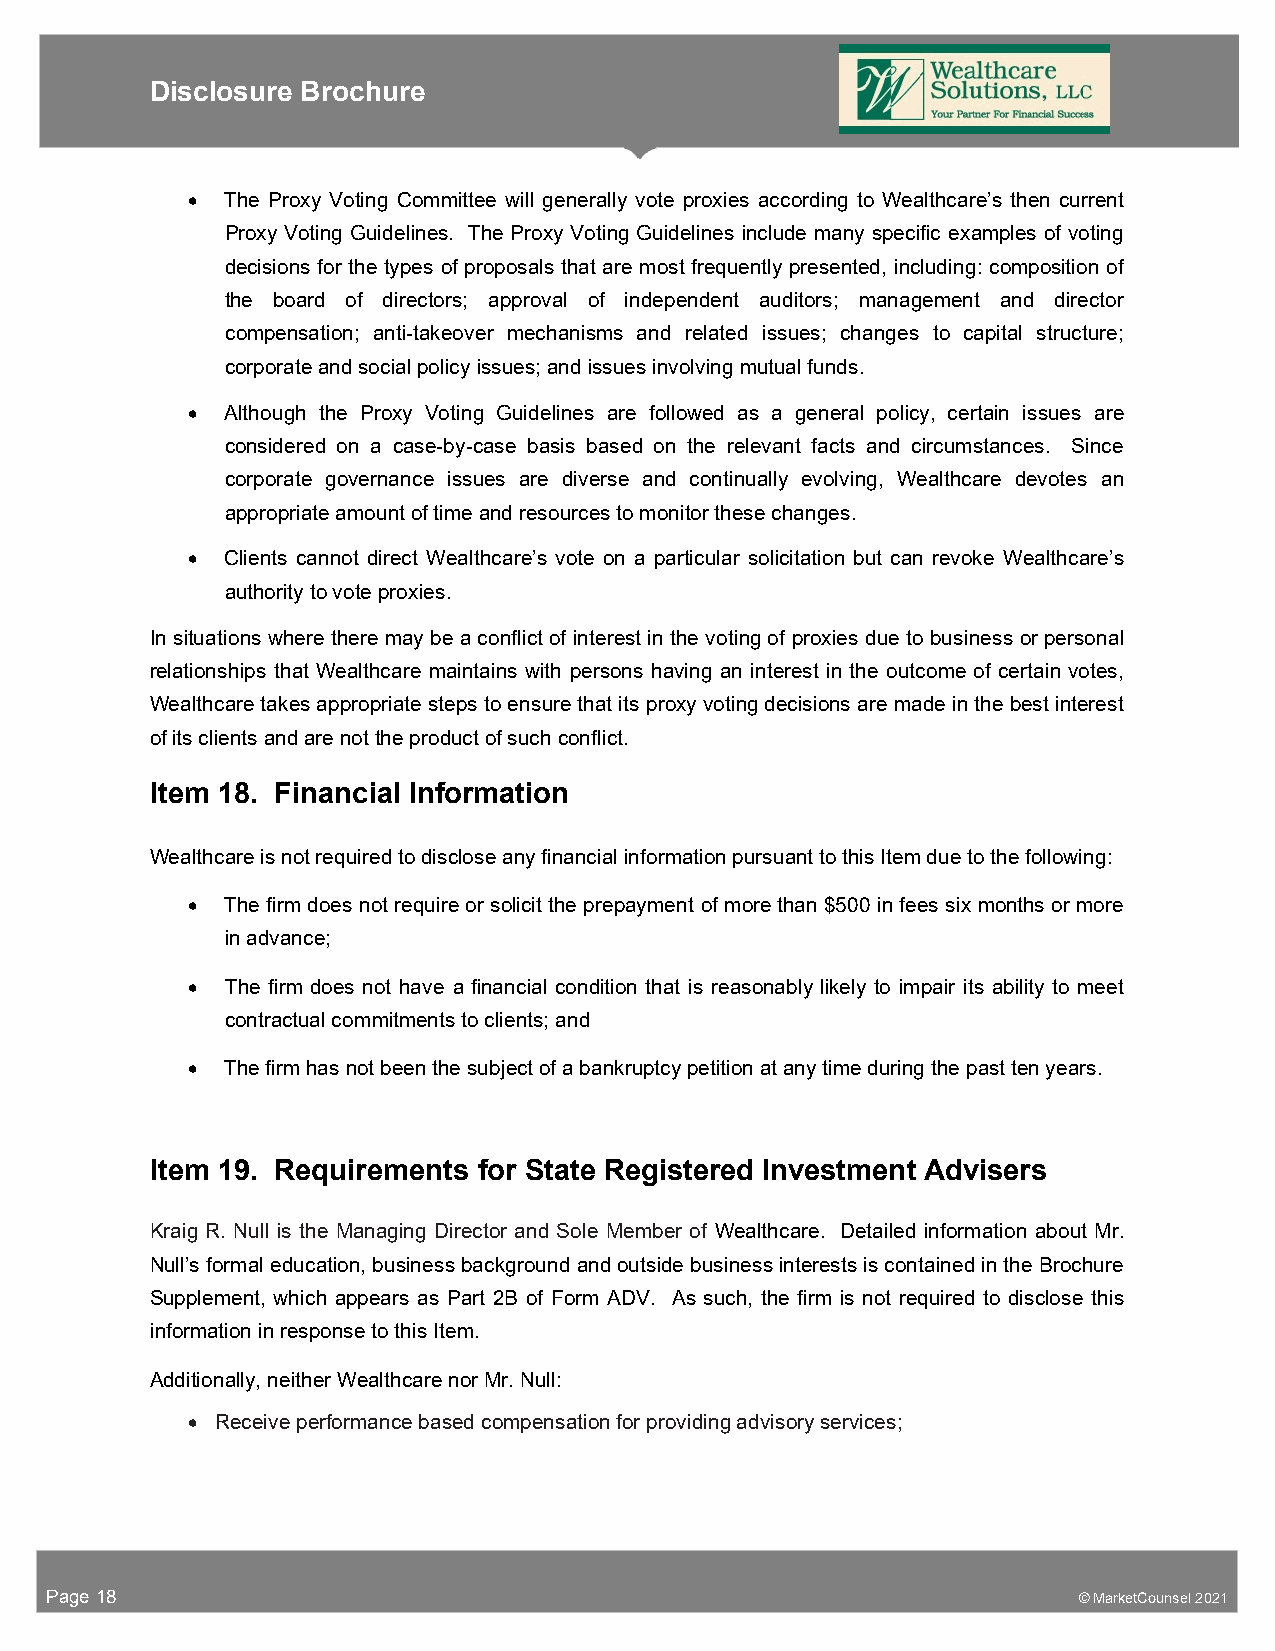
Disclosure Brochure
   The Proxy Voting Committee will generally vote proxies according to Wealthcare’s then current
 Proxy Voting Guidelines. The Proxy Voting Guidelines include many specific examples of voting
 decisions for the types of proposals that are most frequently presented, including: composition of
 the board of directors; approval of independent auditors; management and director
 compensation; anti-takeover mechanisms and related issues; changes to capital structure;
 corporate and social policy issues; and issues involving mutual funds.
   Although the Proxy Voting Guidelines are followed as a general policy, certain issues are
 considered on a case-by-case basis based on the relevant facts and circumstances. Since
 corporate governance issues are diverse and continually evolving, Wealthcare devotes an
 appropriate amount of time and resources to monitor these changes.
   Clients cannot direct Wealthcare’s vote on a particular solicitation but can revoke Wealthcare’s
 authority to vote proxies.
 In situations where there may be a conflict of interest in the voting of proxies due to business or personal
 relationships that Wealthcare maintains with persons having an interest in the outcome of certain votes,
 Wealthcare takes appropriate steps to ensure that its proxy voting decisions are made in the best interest
 of its clients and are not the product of such conflict.
 Item 18. Financial Information
 Wealthcare is not required to disclose any financial information pursuant to this Item due to the following:
   The firm does not require or solicit the prepayment of more than $500 in fees six months or more
 in advance;
   The firm does not have a financial condition that is reasonably likely to impair its ability to meet
 contractual commitments to clients; and
   The firm has not been the subject of a bankruptcy petition at any time during the past ten years.
 Item 19. Requirements for State Registered Investment Advisers
 Kraig R. Null is the Managing Director and Sole Member of Wealthcare. Detailed information about Mr.
 Null’s formal education, business background and outside business interests is contained in the Brochure
 Supplement, which appears as Part 2B of Form ADV. As such, the firm is not required to disclose this
 information in response to this Item.
 Additionally, neither Wealthcare nor Mr. Null:
  Receive performance based compensation for providing advisory services;
 Page 18                                                             © MarketCounsel 2021